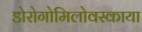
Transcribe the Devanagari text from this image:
डोरोगोमिलोवस्काया